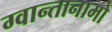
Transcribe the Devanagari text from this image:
ग्वान्तानामो